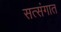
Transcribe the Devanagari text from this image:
सत्संगात